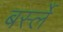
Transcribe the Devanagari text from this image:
बर्स्ले